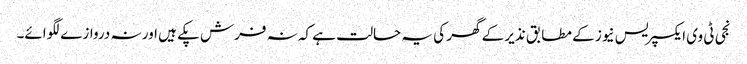
نجی ٹی وی ایکسپریس نیوز کے مطابق نذیر کے گھر کی یہ حالت ہے کہ نہ فرش پکے ہیں اور نہ دروازے لگوائے۔